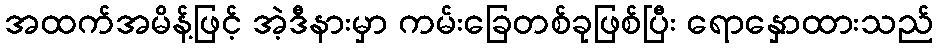
အထက်အမိန့်ဖြင့် အဲ့ဒီနားမှာ ကမ်းခြေတစ်ခုဖြစ်ပြီး ရောနှောထားသည်